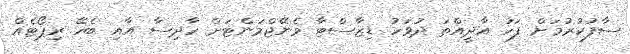
ސާފުކުރުމަށް ފަހު އާދީއްތަ ދުވަހު ޑިޒާސްޓާ މެނޭޖްމަންޓަށް ހާދިސާ އާއި ބެހޭ ރިޕޯޓެއް